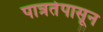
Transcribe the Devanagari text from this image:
पात्रतेपासून